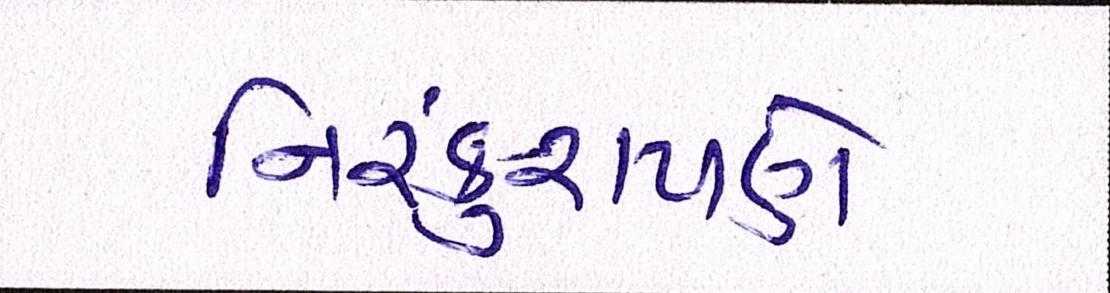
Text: નિરંકુશપણે